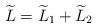
LaTeX: \begin{align*}\widetilde{L}=\widetilde{L}_1+\widetilde{L}_2\end{align*}